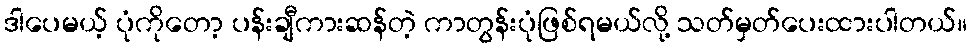
ဒါပေမယ့် ပုံကိုတော့ ပန်းချီကားဆန်တဲ့ ကာတွန်းပုံဖြစ်ရမယ်လို့ သတ်မှတ်ပေးထားပါတယ်။